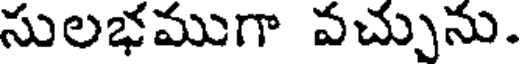
సులభముగా వచ్చును.